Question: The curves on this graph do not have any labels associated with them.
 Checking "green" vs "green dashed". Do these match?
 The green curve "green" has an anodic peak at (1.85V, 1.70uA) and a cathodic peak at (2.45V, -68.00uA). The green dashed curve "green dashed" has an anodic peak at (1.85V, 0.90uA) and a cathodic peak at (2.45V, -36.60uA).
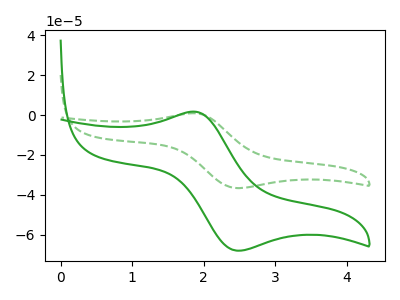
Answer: <think>All the peaks in "green" have a peak in "green dashed" at the same potential. Every peak in "green" is higher than every peak in "green dashed".
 </think>
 <answer>"green" and "green dashed" are similar in shape.</answer>
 <eval>same_shape</eval>